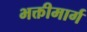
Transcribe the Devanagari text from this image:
भक्तीमार्ग